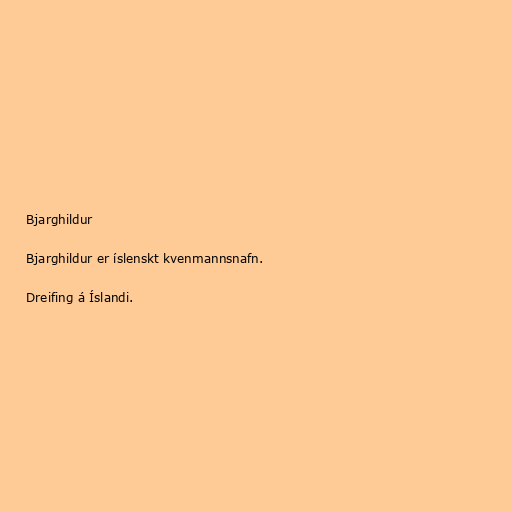
Bjarghildur

Bjarghildur er íslenskt kvenmannsnafn.

Dreifing á Íslandi.